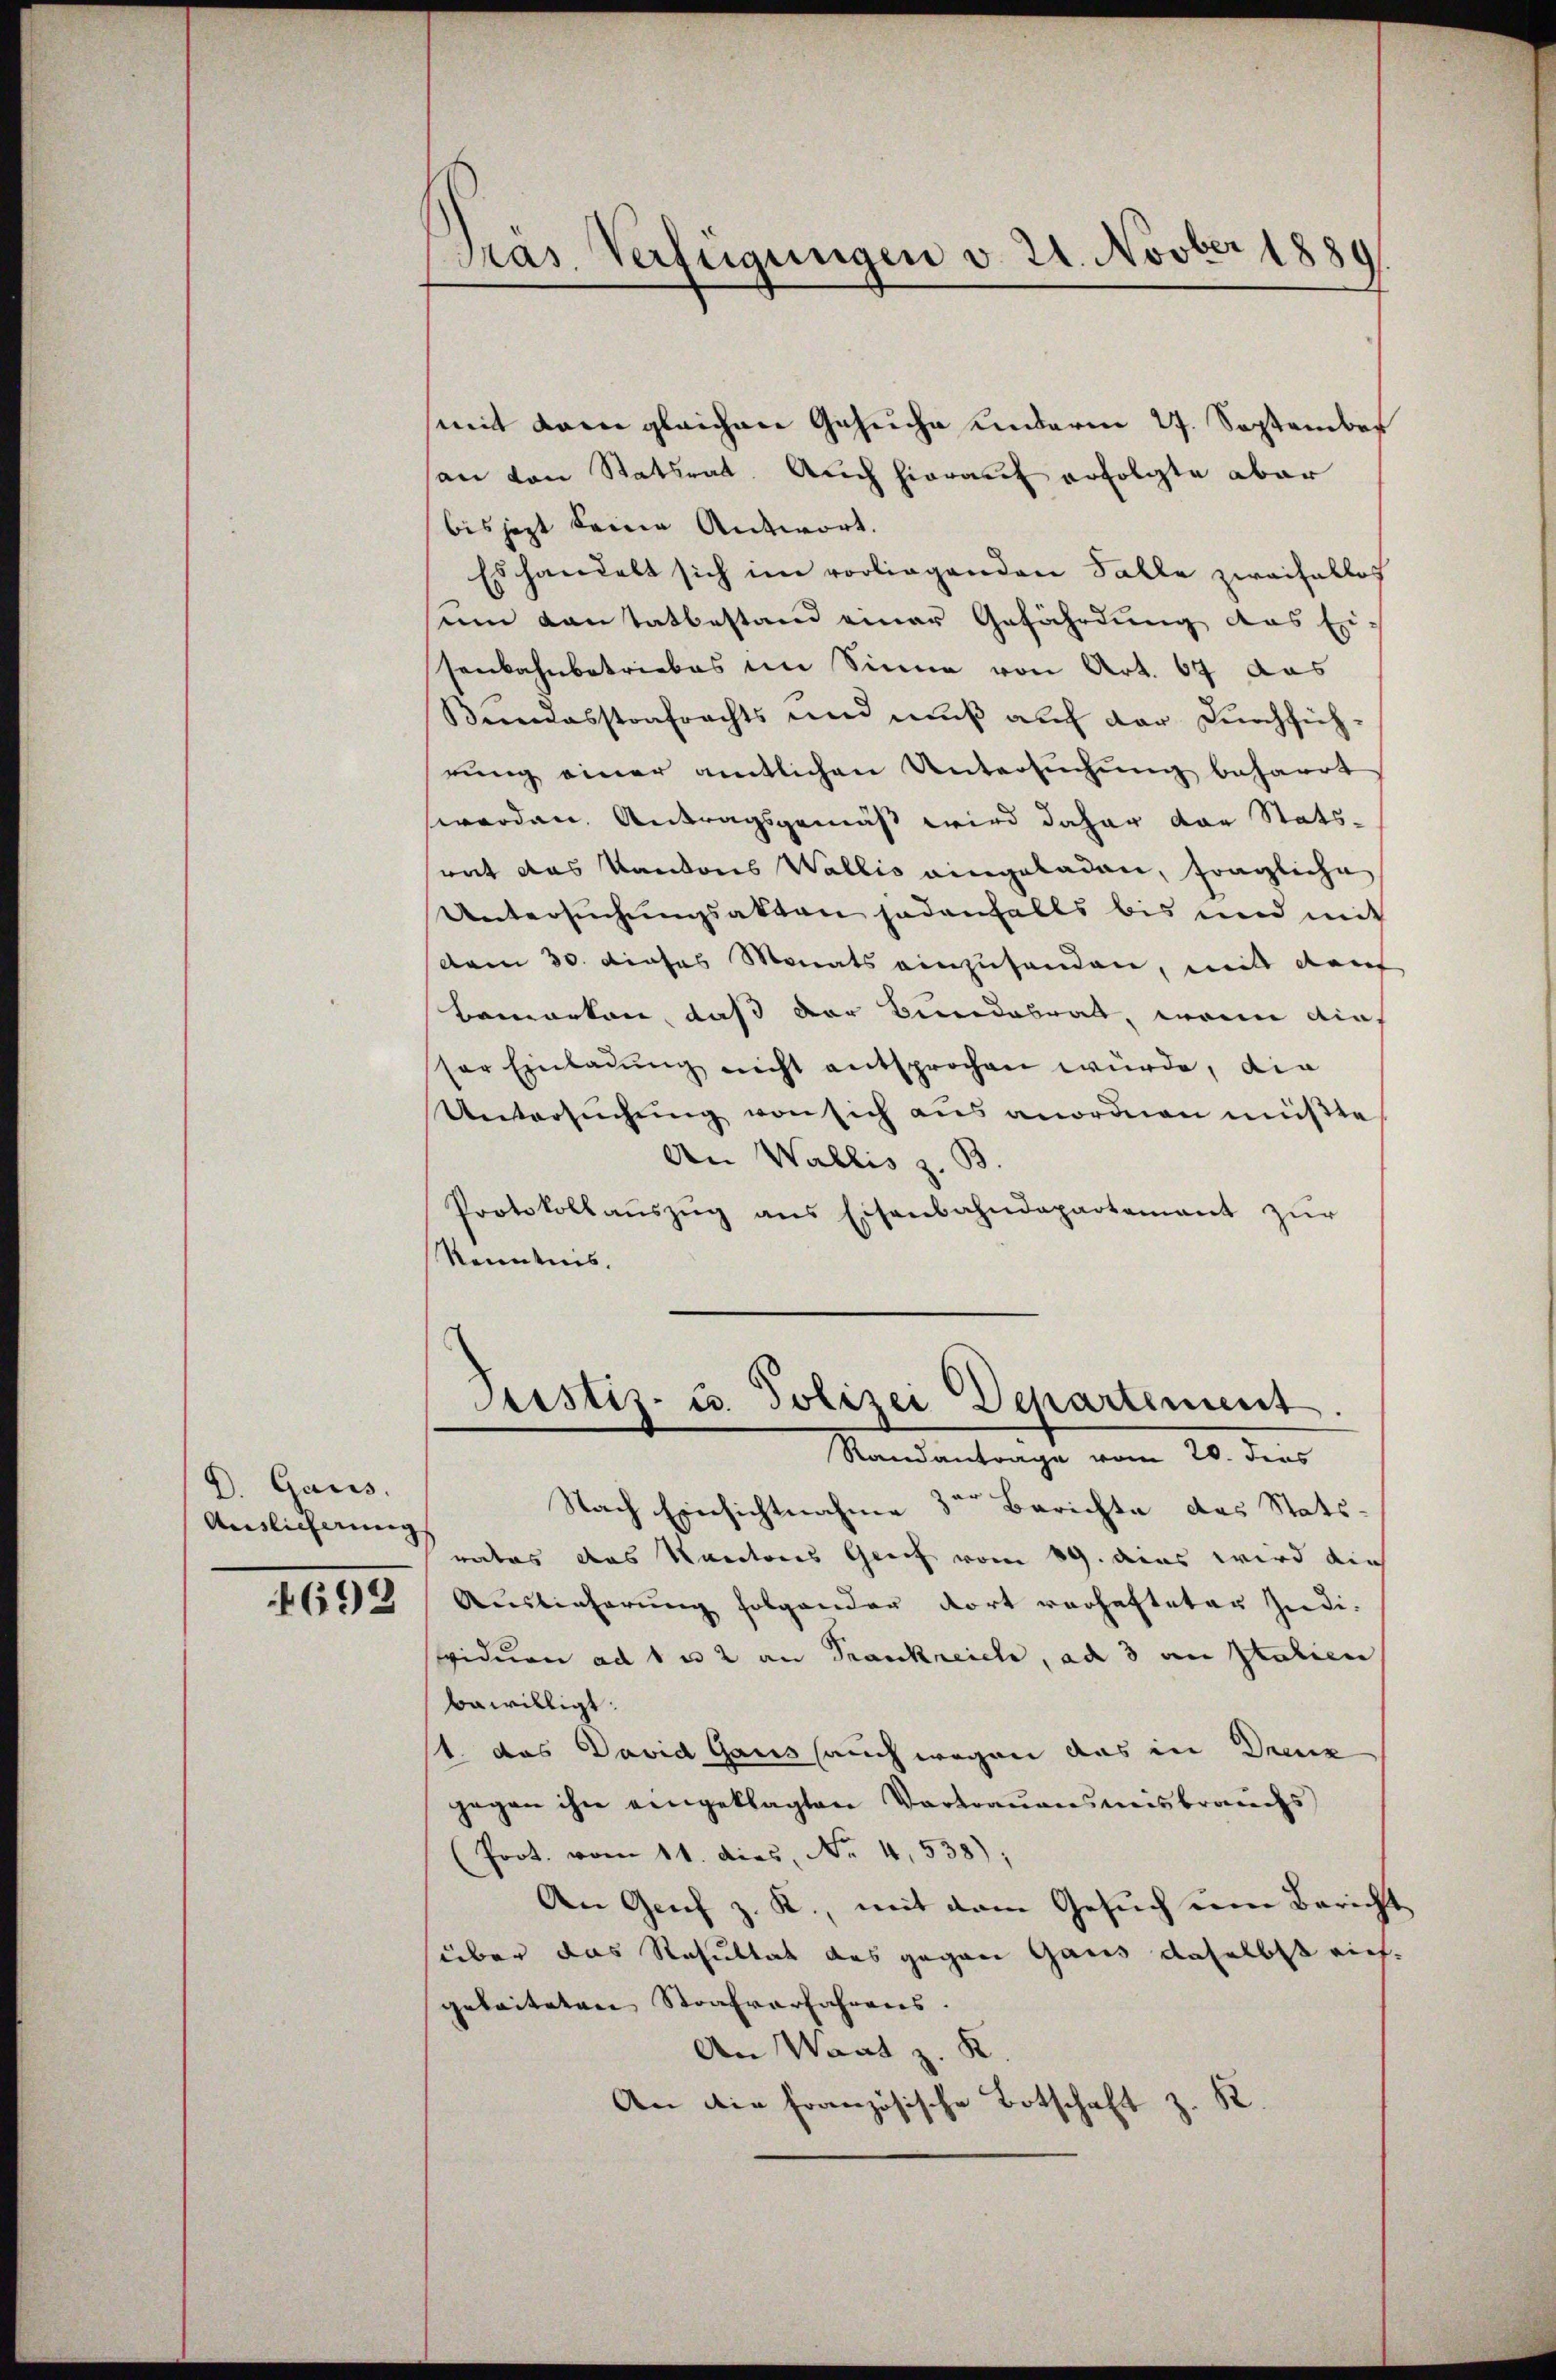
D. Gauss
Auslieferung
4692

Pras. Verfügungen v. 21. Novber 1889.

mit dem gleichen Gesuche anderm 27. September
an von Statsrat. Auch hierauf erfolgte aber
bis jezt keine Antwort.
Es handelt sich im vorliegenden Falle zweifellos
em Kantatbestand einer Gefährdung das Ei-
senbahnbetriebes im Sinne von Art. 67 das
Bundesstrafrechts und mŭβ aŭf der Dŭrchfüh-
rung einer amtlichen Untersuchung beharrt
werden. Antragsgemäß wird daher der Stats-
rat das Kantons Wallis eingeladen, fragliche
Untersuchungsakten jedenfalls bis und mit
vom 30. dieses Monats einzuhanden, mit darf
Bemerken, daß der Bundesrat, wenn auf
sor Einladung nicht entsprochen würde, die
Untersŭchŭng von sich ans anordnen müßte
An Wallis z. B.
Protokollaŭszŭg ans Eisenbahndepartement zŭr
kenntnis.
Justiz- u. Polizei Departement.
Randantrage vom 20. dens
Nach Einsichtnahme 3ten Berichte das Stats-
rates das Kantons Greif vom 19. das wird die
Auslieferung folgender dort verhafteten Indi-
viduen ad 1 u 2 an Frankreich, ad 3 an Statien
bewilligt.
1 das David Gaus (auch wegen aus in Deine
gegen ihn eingeklagten Vortrauensmisbrauchs
Prot. vom 11. dies, Nr. 4,538),
An Genf z. R., mit dem Gesuch um Bericht
süber das Resultat des gegen Gaus daselbst rief
geleiteten Strafverfahrens.
An Waadt z. K
An die französische Botschaft z. B.